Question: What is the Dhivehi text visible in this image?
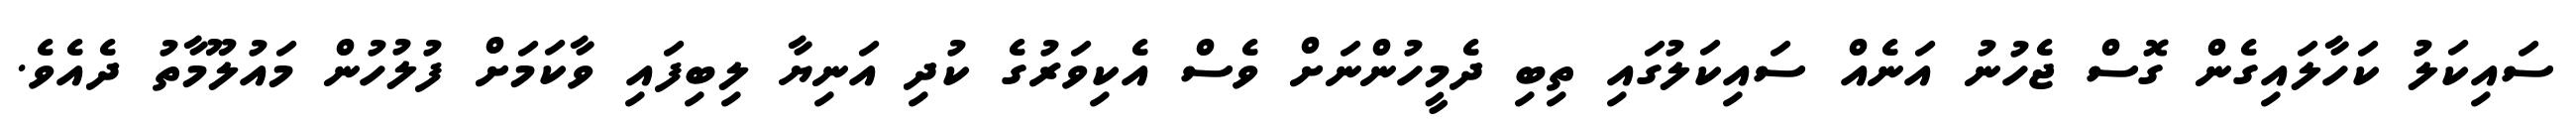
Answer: ސައިކަލު ކަހާލައިގެން ގޮސް ޖެހުނު އަނެއް ސައިކަލުގައި ތިބި ދެމީހުންނަށް ވެސް އެކިވަރުގެ ކުދި އަނިޔާ ލިބިފައި ވާކަމަށް ފުލުހުން މައުލޫމާތު ދެއެވެ.